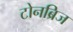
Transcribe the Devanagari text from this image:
टोनब्रिज